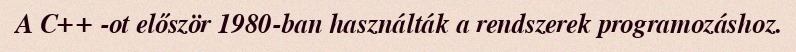
A C++ -ot először 1980-ban használták a rendszerek programozáshoz.